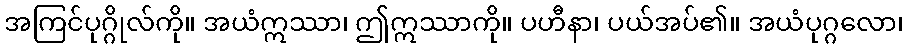
အကြင်ပုဂ္ဂိုလ်ကို။ အယံဣဿာ၊ ဤဣဿာကို။ ပဟီနာ၊ ပယ်အပ်၏။ အယံပုဂ္ဂလော၊